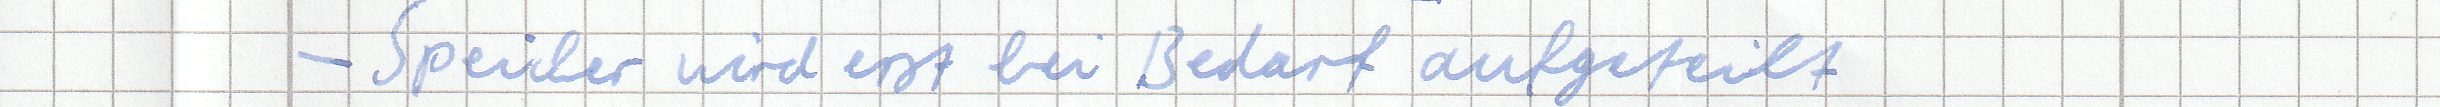
- Speicher wird erst bei Bedarf aufgeteilt